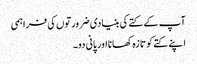
آپ کے کتے کی بنیادی ضرورتوں کی فراہمی
اپنے کتے کو تازہ کھانا اور پانی دو۔